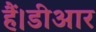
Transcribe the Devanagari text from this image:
हैं।डीआर